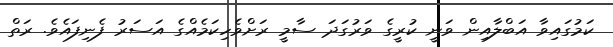
ކަމުގައިވާ އަބްލާއިން ވަނީ ކުރީގެ ވަރުގަދަ ސާމީ ރަށްވެހިކަމެއްގެ އަސަރު ފެނިފައެވެ. ރަތް